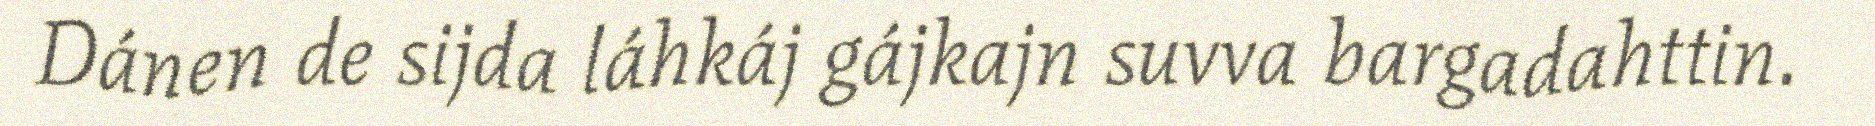
Dánen de sijda láhkáj gájkajn suvva bargadahttin.